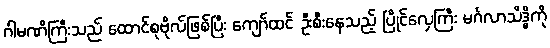
ဂါမဏိကြီးသည် ထောင်စုဗိုလ်ဖြစ်ပြီး ကျော်ထင် ဦးစီးနေသည့် ပြိုင်လှေကြီး မင်္ဂလာသိဒ္ဓိကို